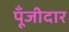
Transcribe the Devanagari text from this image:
पूँजीदार